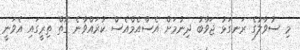
މި ސުވާލުގެ ރަނގަޅު ޖަވާބު ދިނުމަށް އެސްއެމްއެސް ކުރައްވާނެ ގޮތް ތިރީގައި އެވަނީ